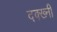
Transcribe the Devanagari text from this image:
दक्ख्नी